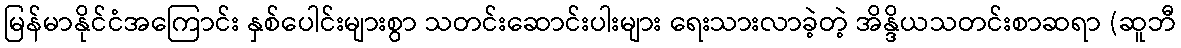
မြန်မာနိုင်ငံအကြောင်း နှစ်ပေါင်းများစွာ သတင်းဆောင်းပါးများ ရေးသားလာခဲ့တဲ့ အိန္ဒိယသတင်းစာဆရာ (ဆူဘီ